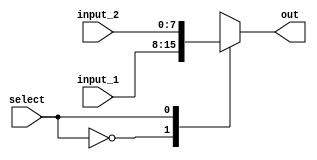
module MUX_2bit (
    select,
    input_1,
    input_2,
    out
);
    input wire select;
    input wire [7:0]input_1;
    input wire [7:0]input_2;
    output reg [7:0]out;
    
    always @(*) begin
        case(select)
            1'b0: out <= input_1;
            1'b1: out <= input_2;
        endcase
    end
endmodule